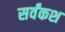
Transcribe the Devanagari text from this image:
सर्वंकश